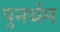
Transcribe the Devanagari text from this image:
पुनर्थम